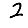
Digit: 2